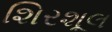
શિરશૂલ